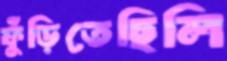
ফুঁড়িতেছিলি